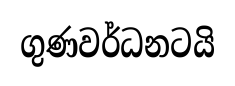
ගුණවර්ධනටයි